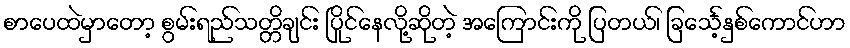
စာပေထဲမှာတော့ စွမ်းရည်သတ္တိချင်း ပြိုင်နေလို့ဆိုတဲ့ အကြောင်းကို ပြတယ်၊ ခြင်္သေ့နှစ်ကောင်ဟာ